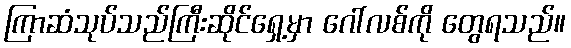
ကြာဆံသုပ်သည်ကြီးဆိုင်ရှေ့မှာ ဂေါ်လစ်ကို တွေရသည်။